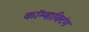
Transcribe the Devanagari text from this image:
कॉम्बाक्टिंग